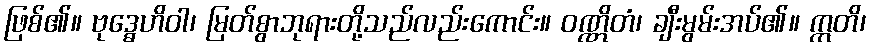
ဖြစ်၏။ ဗုဒ္ဓေဟိဝါ၊ မြတ်စွာဘုရားတို့သည်လည်းကောင်း။ ဝဏ္ဏိတံ၊ ချီးမွမ်းအပ်၏။ ဣတိ၊